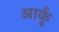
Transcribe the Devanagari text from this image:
आर्कू